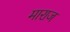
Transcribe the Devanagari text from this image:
माराज